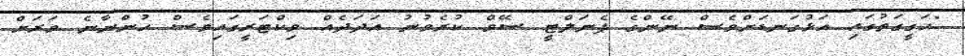
"ހަގީގަތުގައި އަޅުގަނޑަށްވެސް ނޭންގެ ޕެނަލްޓީ ސޭވް ކުރެވުނު އަދަދެއް ވިކްޓަރީގައިވެސް ހުންނާނެ ވަރަށް